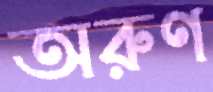
অরুণ